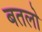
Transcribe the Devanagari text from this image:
बतलो